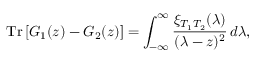
\mathrm { T r } \left[ G _ { 1 } ( z ) - G _ { 2 } ( z ) \right] = \int _ { - \infty } ^ { \infty } \frac { \xi _ { T _ { 1 } T _ { 2 } } ( \lambda ) } { ( \lambda - z ) ^ { 2 } } \, d \lambda ,